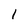
Character: 1